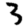
Digit: 3